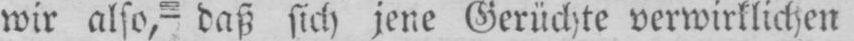
wir also,- daß sich jene Gerüchte verwirklichen